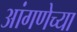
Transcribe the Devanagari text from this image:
आंगणेच्या